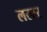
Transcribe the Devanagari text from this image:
लरवर